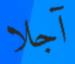
آجلا